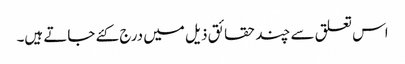
اس تعلق سے چند حقائق ذیل میں درج کئے جاتے ہیں۔